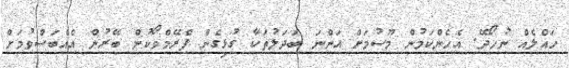
ހައްލެއް ނުހޯދޭ. އެހެންކަމުން މޫސުމަށް އަންނަ ބަދަލުތަކާ ގުޅިގެން ފްރޭމްވޯކުން ބޭރުން އެއްބަސްވުމަށް